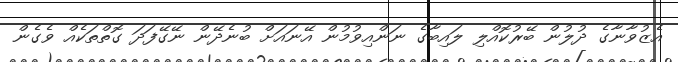
އެޒުވާނާގެ ދުލުން ބޭރުކޮއްލި ލައިބާގެ ނަންއިވުމުން އޭނައަށް ބުނެދޭން ނޭގޭފަދަ ގޮތްތަކެއް ވެގެން